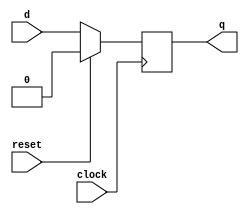
module dff_rst (d   , clock,reset   , q);
  input d, clock,reset ; 
  output reg q;

  always @ ( posedge clock)
      begin
if(reset)
q<=0;
else
q <= d;
        end
endmodule